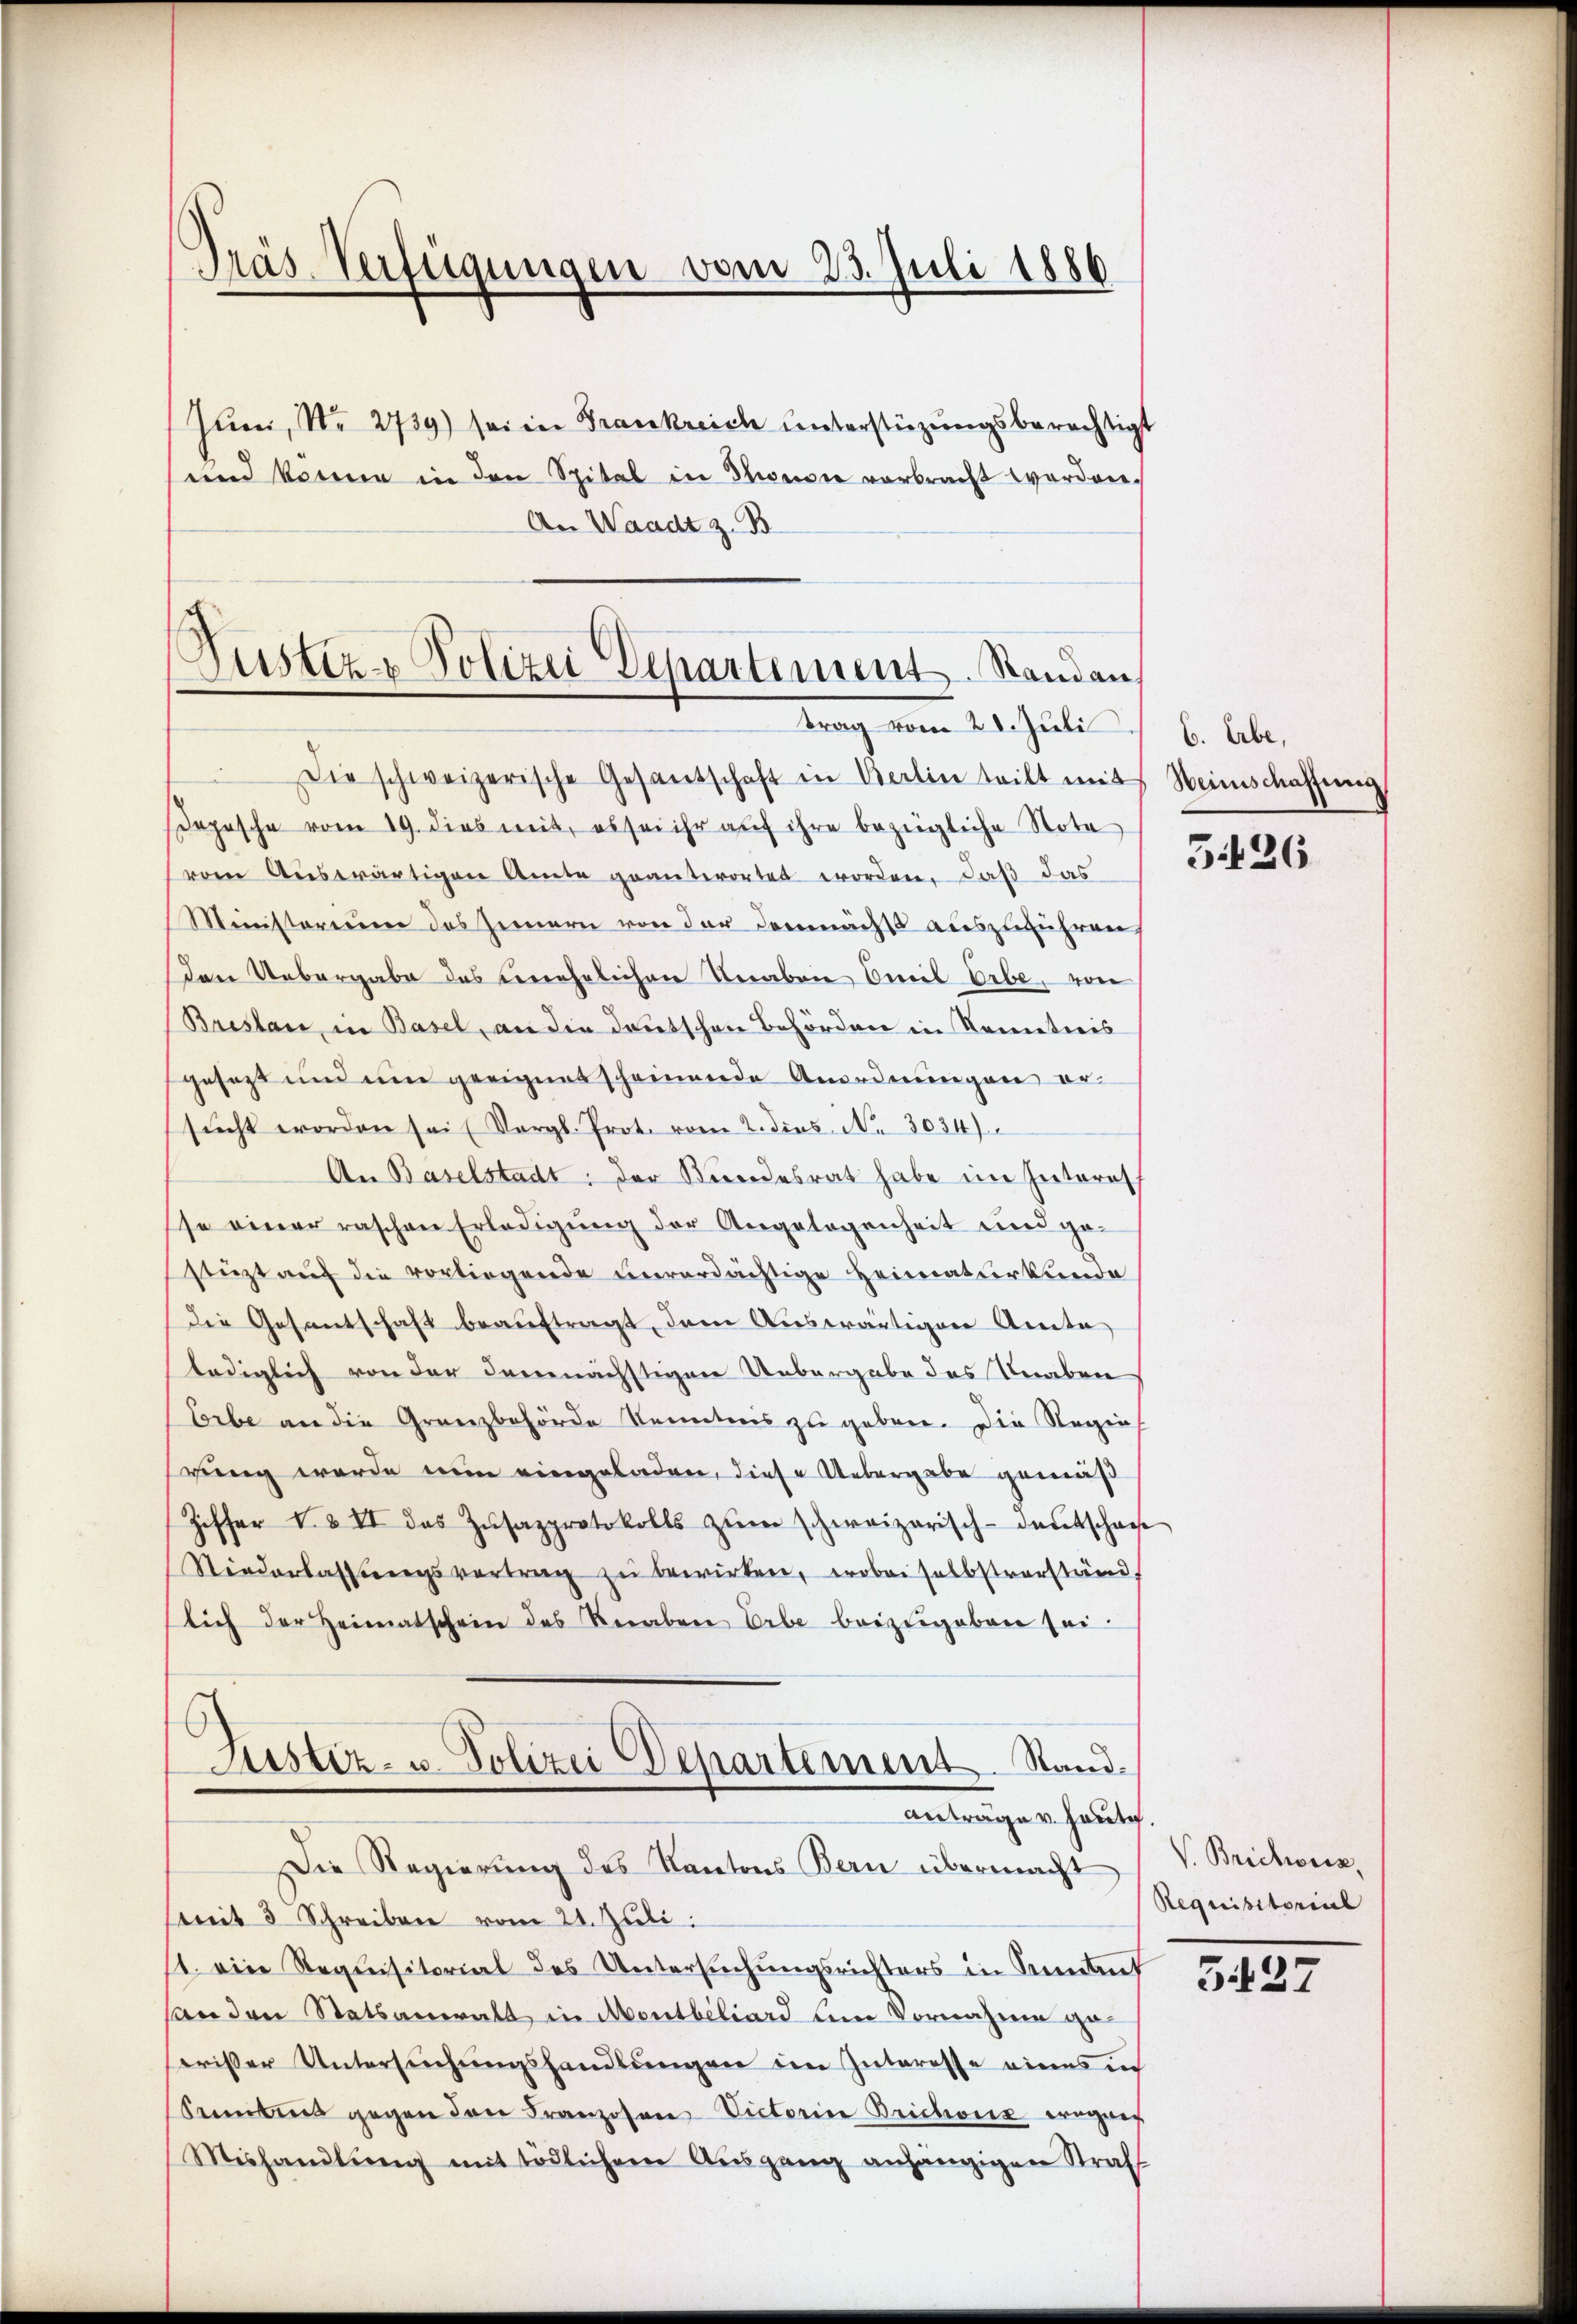
Präs. Verfügungen vom 23. Juli 1886
Jum, Nr. 2739) sei in Frankreich unterstüzungsberechtigt
und könne in den Spital in Steidie vorbracht worden.
An Waadt z. B

Justiz- & Polizei Departement. Standen.
trag vom 21. Juli 6. Erbe,

Die schweizerische Gesantschaft in Kerlin teilt mit Heimschaffung
opische vom 19. dies mit, es sei ihr aŭf ihre bezügliche Nota
vom Auswärtigen Amte geantwortet worden, daß das
Ministerium das Zimmern von der demnächst auszuführen.
den Uebergabe des unehelichen Knaben weil Erbe, von
Breslau, in Basel, an die deutschen Behörden in Nemetieis
gesetzt und um geeignet scheinende Anordnungen ersŭcht worden sei (Vergl. Prot. vom 2. dies N. 3034)
An Baselstadt: der Kindesrat habe im Interat
sche einer raschen Erledigung der Angelegenheit und ge-
stüzt aŭf die vorliegende unverdächtige Heimaturkunde
die Gesantschaft beauftragt, dem Auswärtigen Amte
lediglich von der demnächstigen Uebergabe des Knaben
Erbe an die Granzbehörde Kenntnis zu geben. Die Regie
rung werde nun eingeladen, diese Uebergabe gemäß
Ziffer I. & II des Zŭsazprotokolls zŭm schweizerisch-deutschaf
Niederlassŭngsvertrag zŭ bewirken, wobei selbstverständ
lich der Heimatschein des Veraben Erbe beizugeben sei.
l
Justiz- u. Polizei Departement. Stand.
Anträge v. Heute.
Die Regierŭng des Kantons Bern übermacht V. Brichoux,
(mit 3 Schreiben vom 24. Juli:
1. eine Requisitorial des Untersuchungsrichters in Sonnant
sonden Statsanwalt in Aentbiliard um Vornahme ge-
wißer Untersŭchŭngshandlŭngen im Interesse eines in
Senntnis gegen den Franzosen Victorin Brichone wegner
Mishandlŭng mit tödlichem Aŭsgang anhängigen Straf

5426

Requisitorial

5427